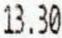
13.30